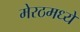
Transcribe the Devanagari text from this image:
मेरठमध्ये